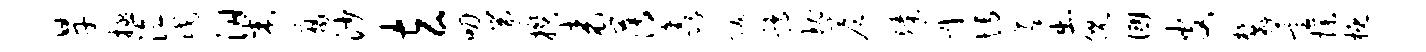
旱拯泣戊梁腐沙玄叨遄揆表薄鑫跋鹑瑰答臻丹博蓬出倪国皮麓萱操概